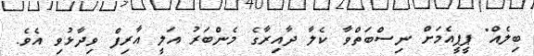
ބިލެއް" ޕީޕީއެމަށް ނިސްބަތްވާ ކެލާ ދާއިރާގެ މެންބަރު އަލީ އާރިފް ވިދާޅުވި އެވެ.